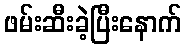
ဖမ်းဆီးခဲ့ပြီးနောက်